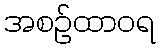
အစဉ်ထာဝရ